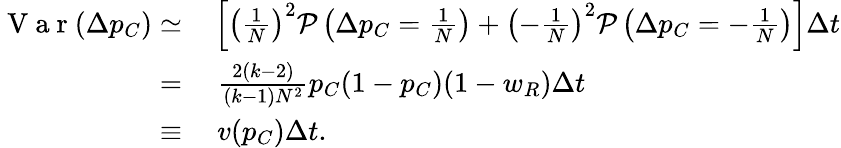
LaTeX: \begin{array}{rl}{\mathrm{~V~a~r~}(\Delta p_{C})\simeq}&{{}\left[\left(\frac{1}{N}\right)^{2}\mathcal{P}\left(\Delta p_{C}=\frac{1}{N}\right)+\left(-\frac{1}{N}\right)^{2}\mathcal{P}\left(\Delta p_{C}=-\frac{1}{N}\right)\right]\Delta t}\\ {=}&{{}~\frac{2(k-2)}{(k-1)N^{2}}p_{C}(1-p_{C})(1-w_{R})\Delta t}\\ {\equiv}&{{}~v(p_{C})\Delta t.}\end{array}